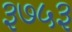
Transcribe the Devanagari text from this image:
३७५३